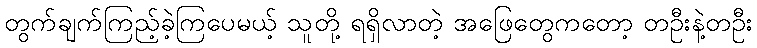
တွက်ချက်ကြည့်ခဲ့ကြပေမယ့် သူတို့ ရရှိလာတဲ့ အဖြေတွေကတော့ တဦးနဲ့တဦး